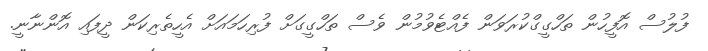
ފުލުސް އޮފީހުން ތަހްގީގްކުރަވަން ފެއްޓެވުމުން ވެސް ތަހްގީގަށް ފުރިހަމައަށް އެހީތެރިކަން ދީފައި އޮންނާނީ.